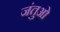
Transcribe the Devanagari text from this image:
जंतुओ